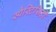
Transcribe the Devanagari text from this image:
स्पैस्टिसिटी